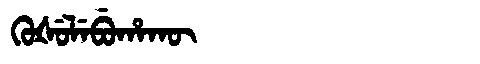
Manchu: ᡴᡠᡧᡠᠯᡝᠪᡠᡥᠠᡴᡡ
Romanization: KUŠULEBUHAKŪ